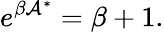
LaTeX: e^{\beta\mathcal{A}^{\ast}}=\beta+1.